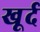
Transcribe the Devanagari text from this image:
खूर्द